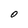
Character: 0